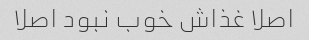
اصلا غذاش خوب نبود اصلا